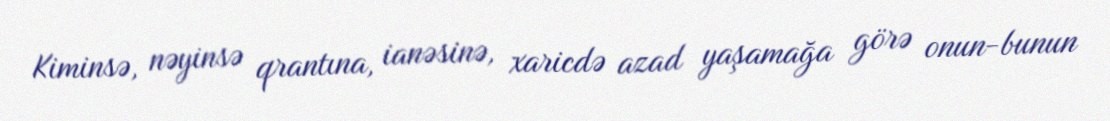
Kiminsə, nəyinsə qrantına, ianəsinə, xaricdə azad yaşamağa görə onun-bunun